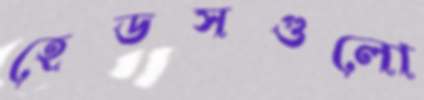
হেডসগুলো